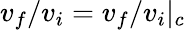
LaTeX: v_{f}/v_{i}=v_{f}/v_{i}|_{c}